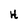
Character: H